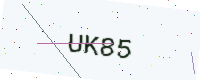
Text: UK85